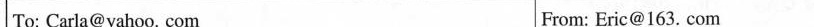
To: Carla@yahoo. Com From: Eric@163. Com